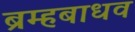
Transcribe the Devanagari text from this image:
ब्रम्हबाधव